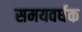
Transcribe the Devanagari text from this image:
समयवर्धक